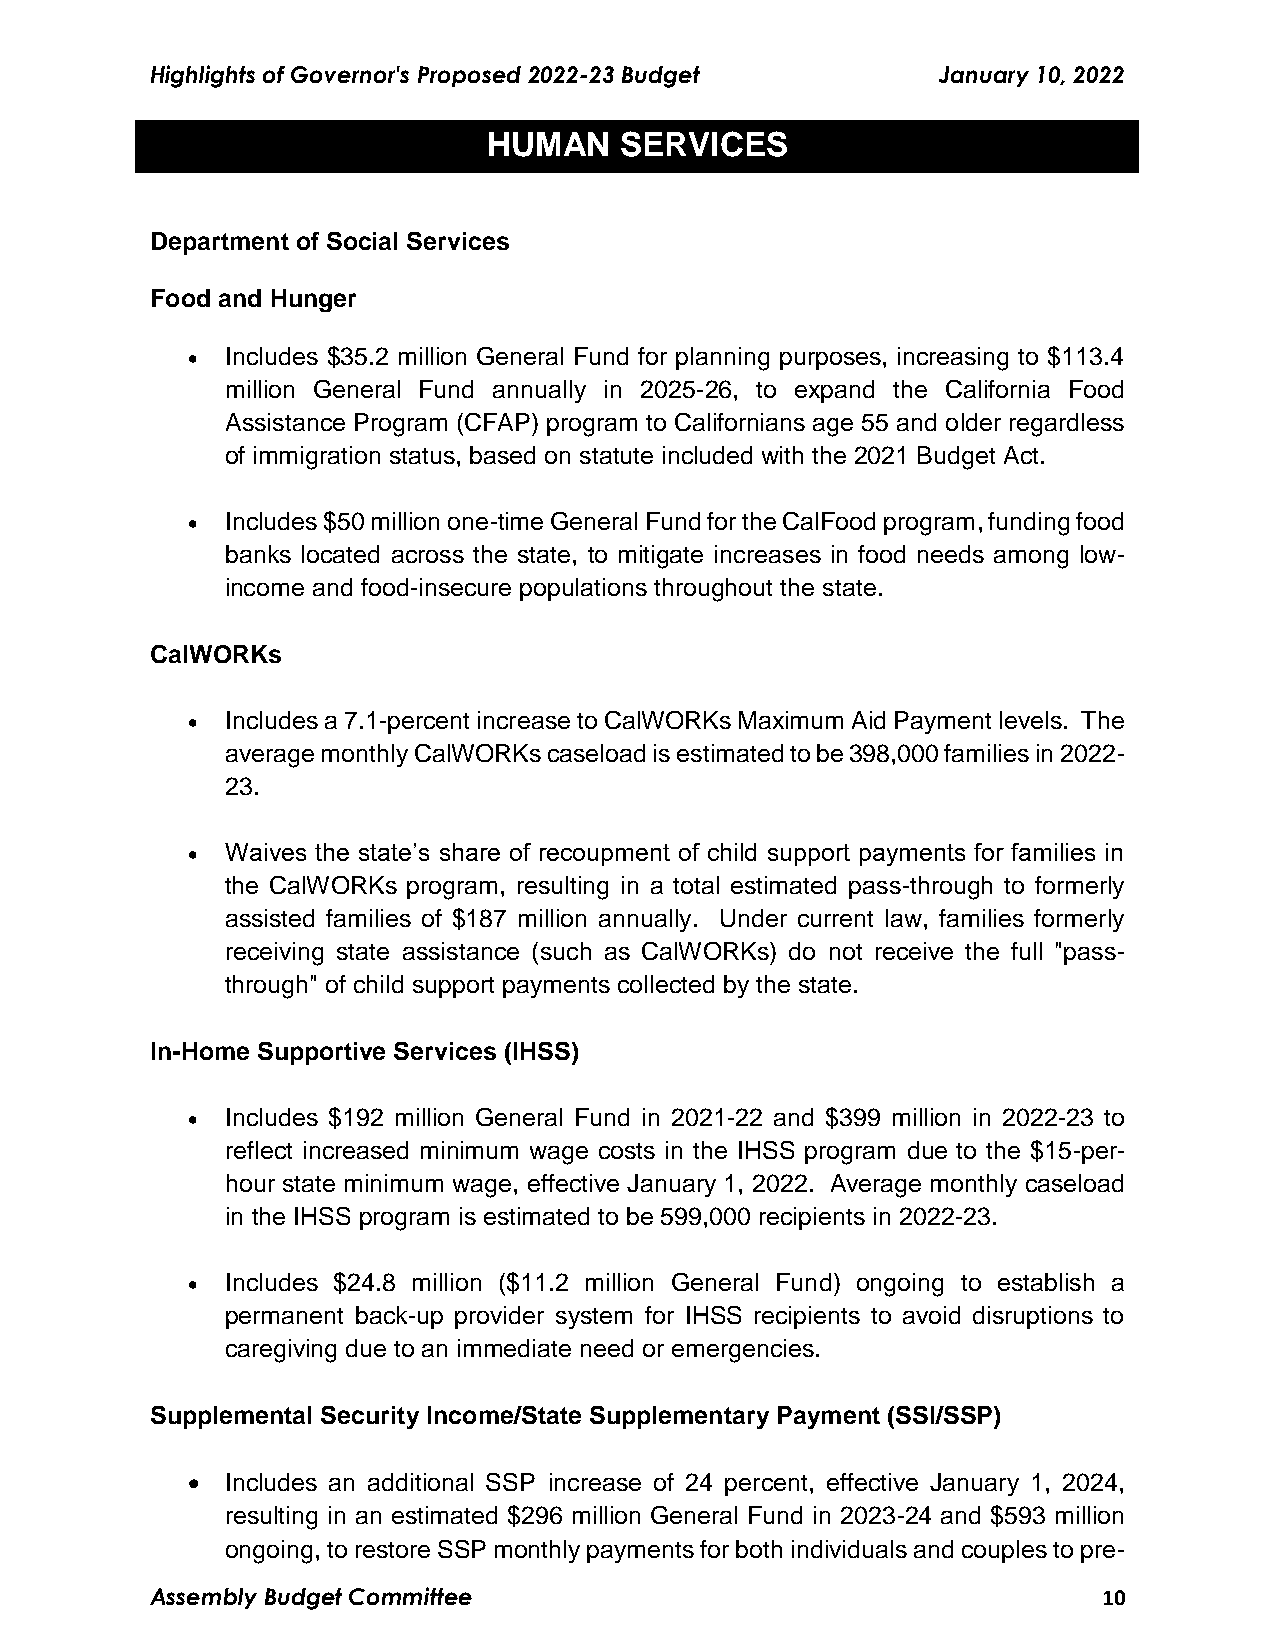
Highlights of Governor's Proposed 2022-23 Budget    January 10, 2022
 HUMAN    SERVICES
 Department of Social Services
 Food and Hunger
   Includes $35.2 million General Fund for planning purposes, increasing to $113.4
 million General Fund annually in 2025-26, to expand the California Food
 Assistance Program (CFAP) program to Californians age 55 and older regardless
 of immigration status, based on statute included with the 2021 Budget Act.
   Includes $50 million one-time General Fund for the CalFood program, funding food
 banks located across the state, to mitigate increases in food needs among low-
 income and food-insecure populations throughout the state.
 CalWORKs
   Includes a 7.1-percent increase to CalWORKs Maximum Aid Payment levels. The
 average monthly CalWORKs caseload is estimated to be 398,000 families in 2022-
 23.
   Waives the state’s share of recoupment of child support payments for families in
 the CalWORKs program, resulting in a total estimated pass-through to formerly
 assisted families of $187 million annually. Under current law, families formerly
 receiving state assistance (such as CalWORKs) do not receive the full "pass-
 through" of child support payments collected by the state.
 In-Home Supportive Services (IHSS)
   Includes $192 million General Fund in 2021-22 and $399 million in 2022-23 to
 reflect increased minimum wage costs in the IHSS program due to the $15-per-
 hour state minimum wage, effective January 1, 2022. Average monthly caseload
 in the IHSS program is estimated to be 599,000 recipients in 2022-23.
   Includes $24.8 million ($11.2 million General Fund) ongoing to establish a
 permanent back-up provider system for IHSS recipients to avoid disruptions to
 caregiving due to an immediate need or emergencies.
 Supplemental Security Income/State Supplementary Payment (SSI/SSP)
   Includes an additional SSP increase of 24 percent, effective January 1, 2024,
 resulting in an estimated $296 million General Fund in 2023-24 and $593 million
 ongoing, to restore SSP monthly payments for both individuals and couples to pre-
 Assembly Budget Committee                                      10